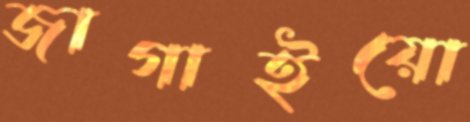
জাগাইয়ো